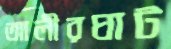
আলীরঘাট